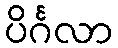
ပိင်္ဂလာ